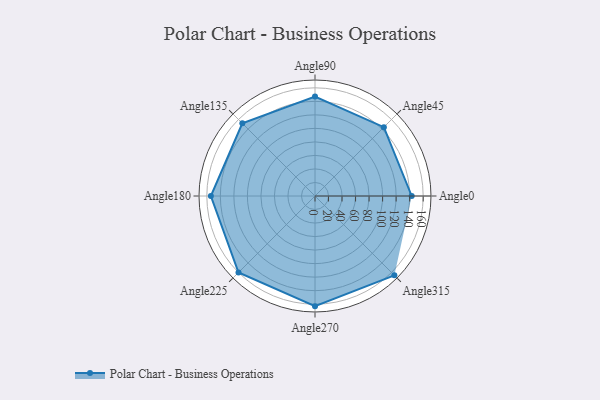
{"axis": {"x": "Angle", "y": "Radius"}, "legend": [""], "data": [{"x": "Angle0", "y": 143.0, "type": ""}, {"x": "Angle45", "y": 144.0, "type": ""}, {"x": "Angle90", "y": 147.0, "type": ""}, {"x": "Angle135", "y": 152.0, "type": ""}, {"x": "Angle180", "y": 154.0, "type": ""}, {"x": "Angle225", "y": 160.0, "type": ""}, {"x": "Angle270", "y": 163.0, "type": ""}, {"x": "Angle315", "y": 166.0, "type": ""}]}